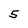
Character: 5